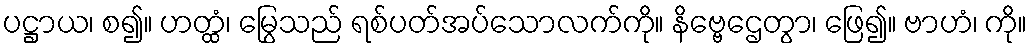
ပဋ္ဌာယ၊ စ၍။ ဟတ္ထံ၊ မြွေသည် ရစ်ပတ်အပ်သောလက်ကို။ နိဗ္ဗေဌေတွာ၊ ဖြေ၍။ ဗာဟံ၊ ကို။